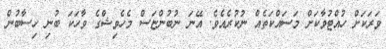
ވަރަކަށް ހުއްޓުވާކަށް މަސައްކަތެއް ނުކުރެއެވެ. އޭނަ ނުބުންޏަސް މެހެވިޝްގެ ވާހަކަ ބުނި ހިސާބުން